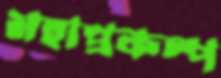
মহাপ্রকল্প